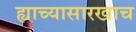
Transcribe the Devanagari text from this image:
ह्याच्यासारखाच